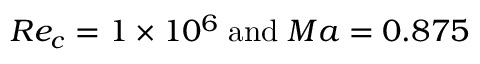
R e _ { c } = 1 \times 1 0 ^ { 6 } \; \mathrm { a n d } \; M a = 0 . 8 7 5